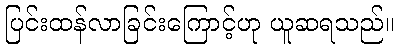
ပြင်းထန်လာခြင်းကြောင့်ဟု ယူဆရသည်။